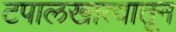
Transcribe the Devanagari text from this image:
टपालखात्यातून